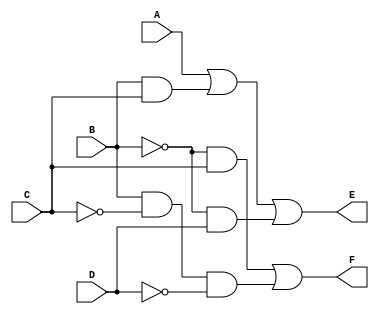
module example_3_4(E, F, A, B, C, D);
   
   output E, F;
   input  A, B, C, D;

   assign E = A || (B && C) || ((!B) && D);
   assign F = ((!B) && C) || (B && (!C) && (!D));

endmodule